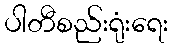
ပါတီစည်းရုံးရေး